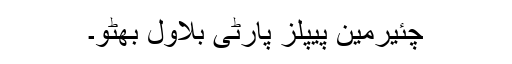
چئیرمین پیپلز پارٹی بلاول بھٹو۔